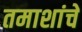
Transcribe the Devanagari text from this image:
तमाशांचे